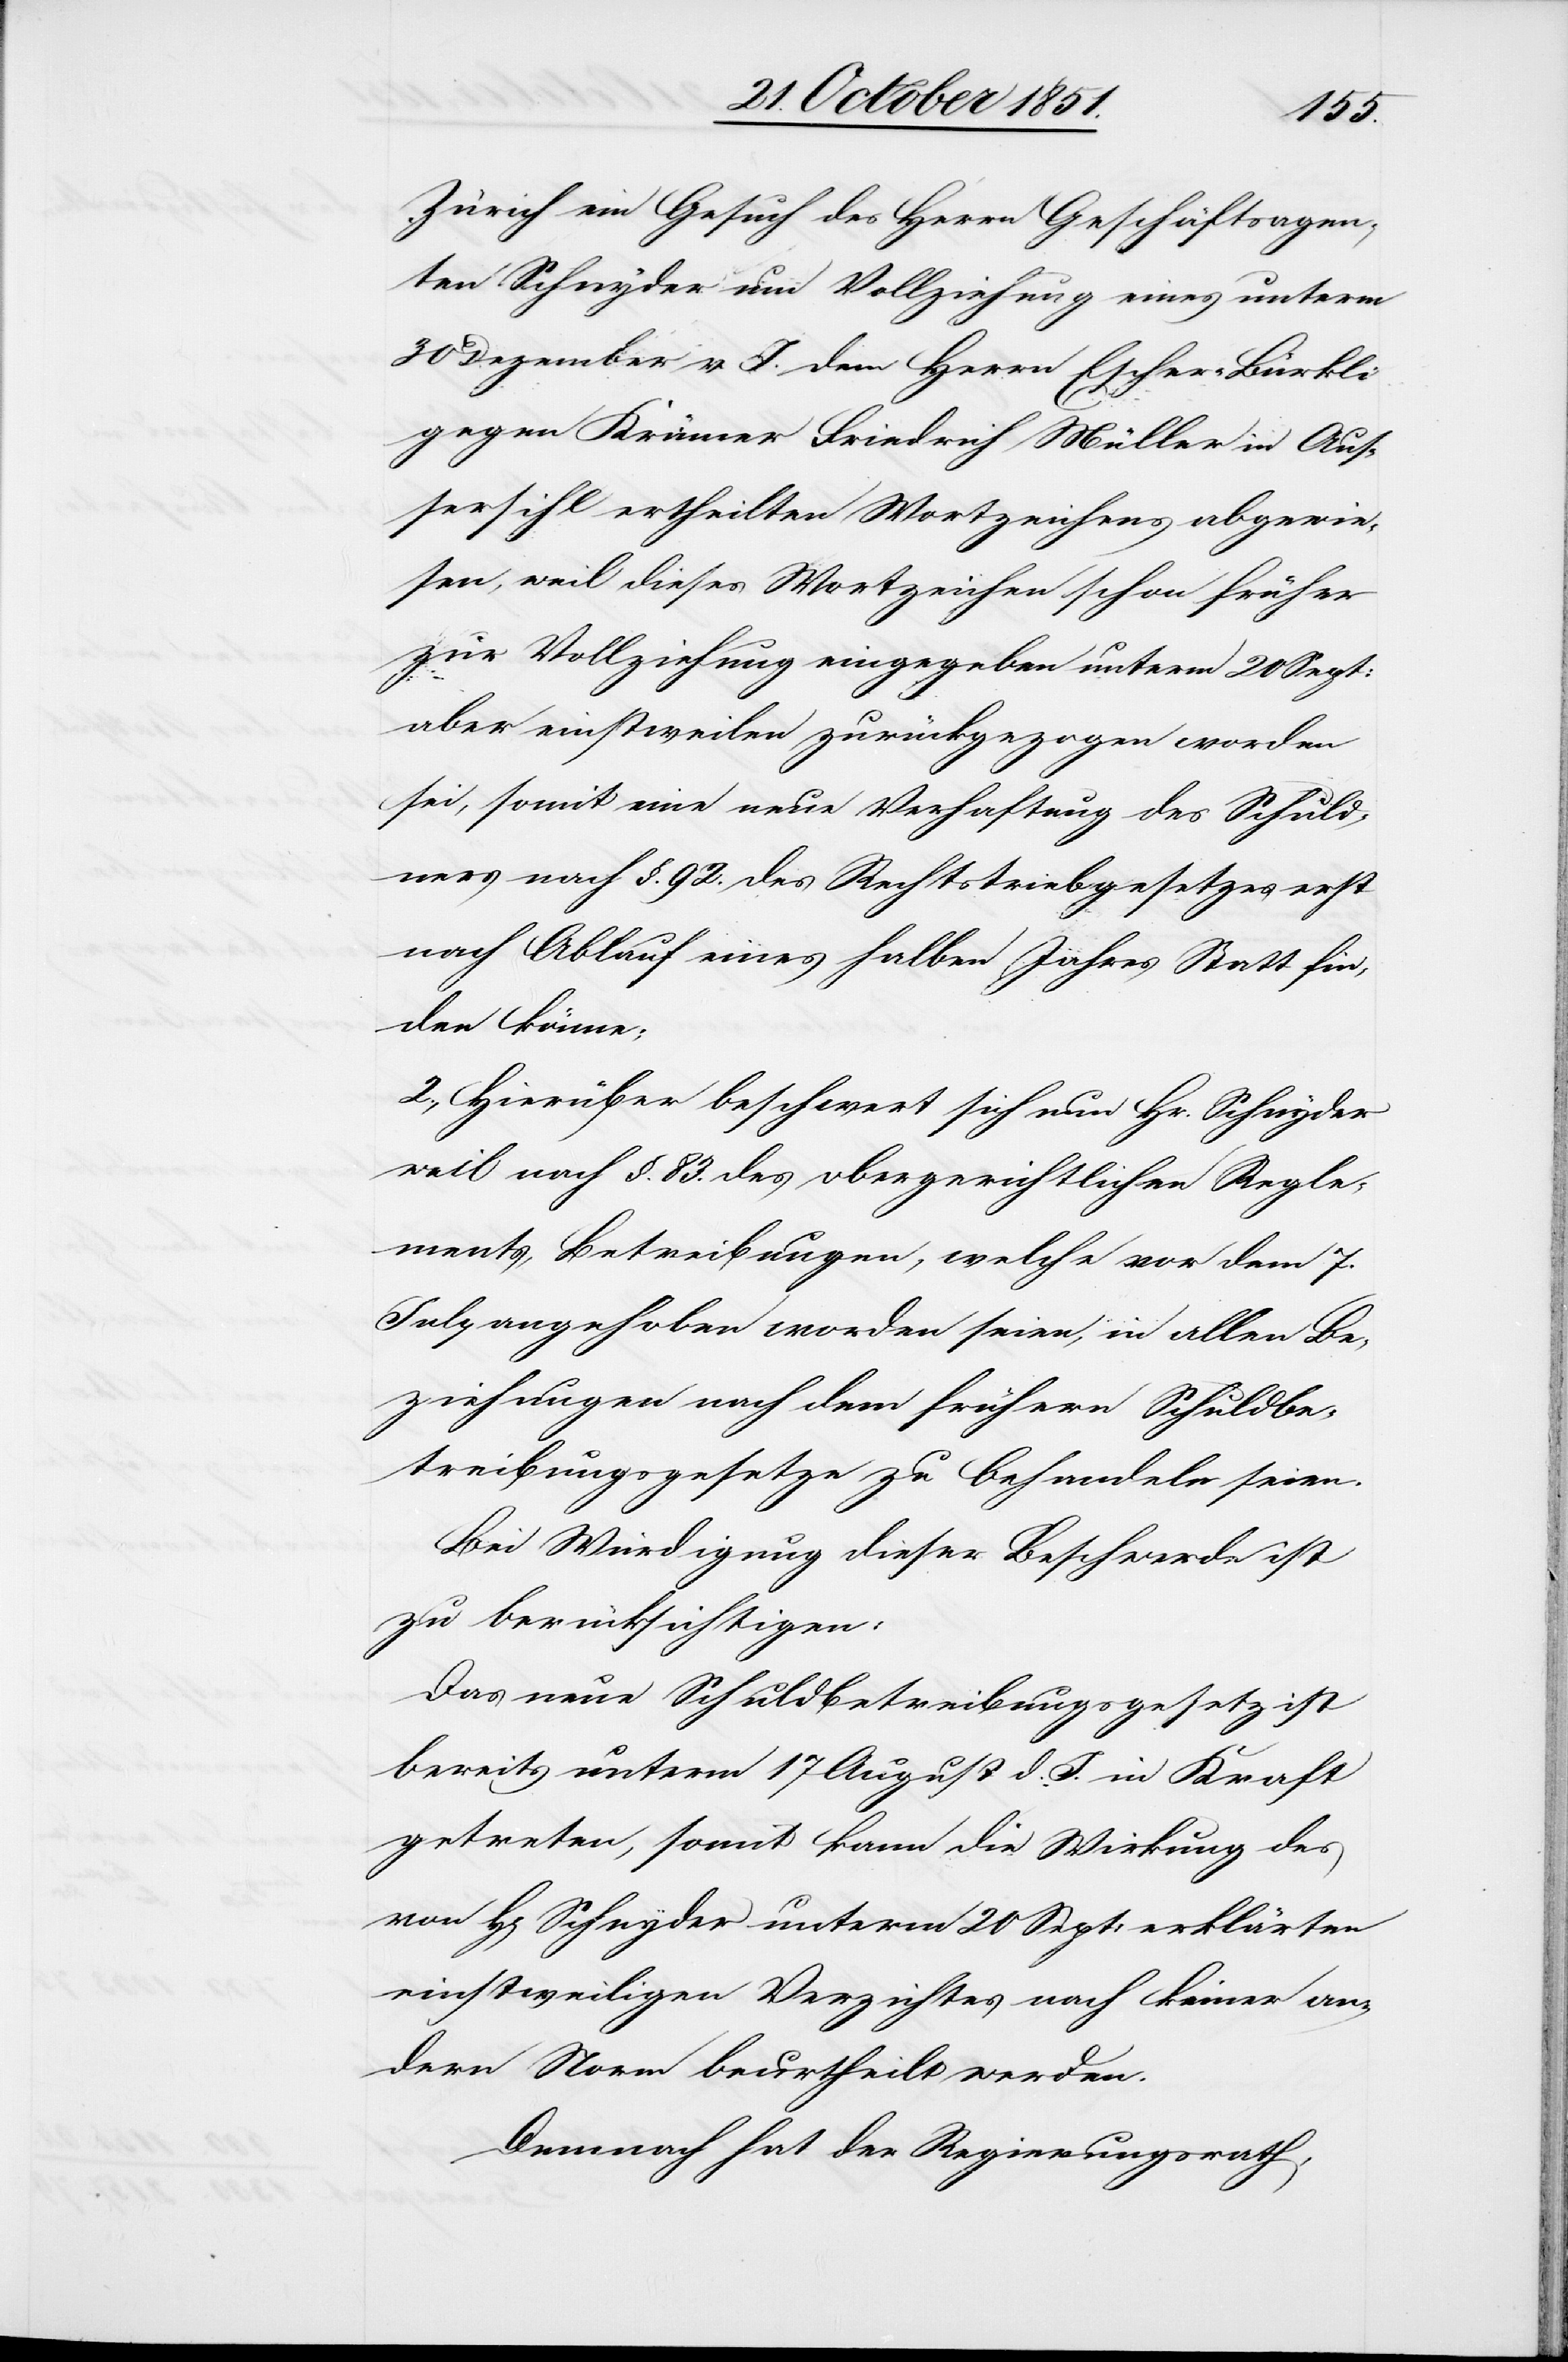
Zürich ein Gesuch des Herrn Geschäftsagen¬
ten Schnyder um Vollziehung eines unterm
30 Dezember v. J. dem Herrn Escher-Bürkli
gegen Krämer Friedrich Müller in Aus¬
sersihl ertheilten Wortzeichens abgewie¬
sen, weil dieses Wortzeichen schon früher
zur Vollziehung eingegeben unterm 20 Sept:
aber einstweilen zurückgezogen worden
sei, somit eine neue Verhaftung des Schuld¬
ners nach §. 92. des Rechtstriebgesetzes erst
nach Ablauf eines halben Jahres Statt fin¬
den könne;
2., Hierüber beschwert sich nun Hr. Schnyder
weil nach §. 83. des obergerichtlichen Regle¬
ments, Betreibungen, welche vor dem 7.
July angehoben worden seien, in allen Be¬
ziehungen nach dem frühern Schuldbe¬
treibungsgesetze zu behandeln seien.
Bei Würdigung dieser Beschwerde ist
zu berücksichtigen:
Das neue Schuldbetreibungsgesetz ist
bereits unterm 17 August d. J. in Kraft
getreten, somit kann die Wirkung des
H[errn] Schnyder unterm 20 Sept: erklärten
einstweiligen Verzichtes nach keiner an¬
dern Norm beurtheilt werden.
Demnach hat der Regierungsrath,